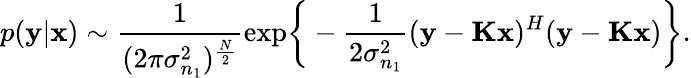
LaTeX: p({\mathbf{y}\vert{\mathbf{x}}})\sim\frac{1}{({2\pi}{{\sigma_{n_{1}}^{2}}})^{\frac{N}{2}}}\mathrm{exp}\bigg\{ -\frac{1}{2{\sigma_{n_{1}}^{2}}}({\mathbf{y}}-{\mathbf{K}}{\mathbf{x}})^{H}({\mathbf{y}}-{\mathbf{K}}{\mathbf{x}})\bigg\} .